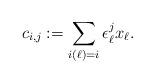
LaTeX: \begin{align*}c_{i, j} := \sum_{i(\ell) = i} \epsilon_\ell^j x_\ell.\end{align*}